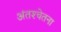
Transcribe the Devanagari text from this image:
अंतश्‍चेतना